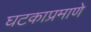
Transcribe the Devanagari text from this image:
घटकाप्रमाणे